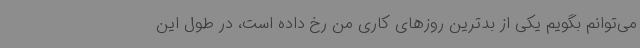
می‌توانم بگویم یکی از بدترین روزهای کاری من رخ داده است، در طول این